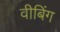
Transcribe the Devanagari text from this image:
वीबिंग